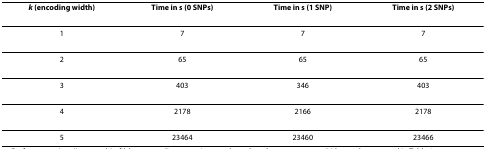
<table><thead><tr><td><b><i>k </i>(encoding width)</b></td><td><b>Time in s (0 SNPs)</b></td><td><b>Time in s (1 SNP)</b></td><td><b>Time in s (2 SNPs)</b></td></tr></thead><tbody><tr><td>1</td><td>7</td><td>7</td><td>7</td></tr><tr><td>2</td><td>65</td><td>65</td><td>65</td></tr><tr><td>3</td><td>403</td><td>346</td><td>403</td></tr><tr><td>4</td><td>2178</td><td>2166</td><td>2178</td></tr><tr><td>5</td><td>23464</td><td>23460</td><td>23466</td></tr></tbody></table>